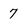
Character: 7